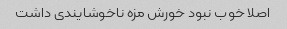
اصلا خوب نبود خورش مزه ناخوشایندی داشت